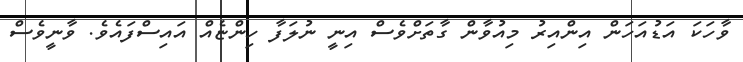
ވާހަކަ އަޑުއަހަން އިންއިރު މިއުވާން ގާތަށްވެސް އިނީ ނުލަފާ ހިންޏެއް އައިސްފައެވެ. ވާނީވެސް